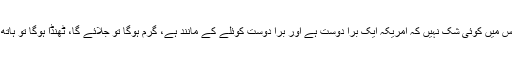
اعتبار نہ رہا اس میں کوئی شک نہیں کہ امریکہ ایک بُرا دوست ہے اور بُرا دوست کوئلے کے مانند ہے، گرم ہوگا تو جلائے گا، ٹھنڈا ہوگا تو ہاتھ کالا کرے گا۔